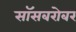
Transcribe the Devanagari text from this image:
सॉसबरोबर